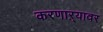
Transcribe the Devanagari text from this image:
करणाऱ्यावर